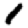
Digit: 1